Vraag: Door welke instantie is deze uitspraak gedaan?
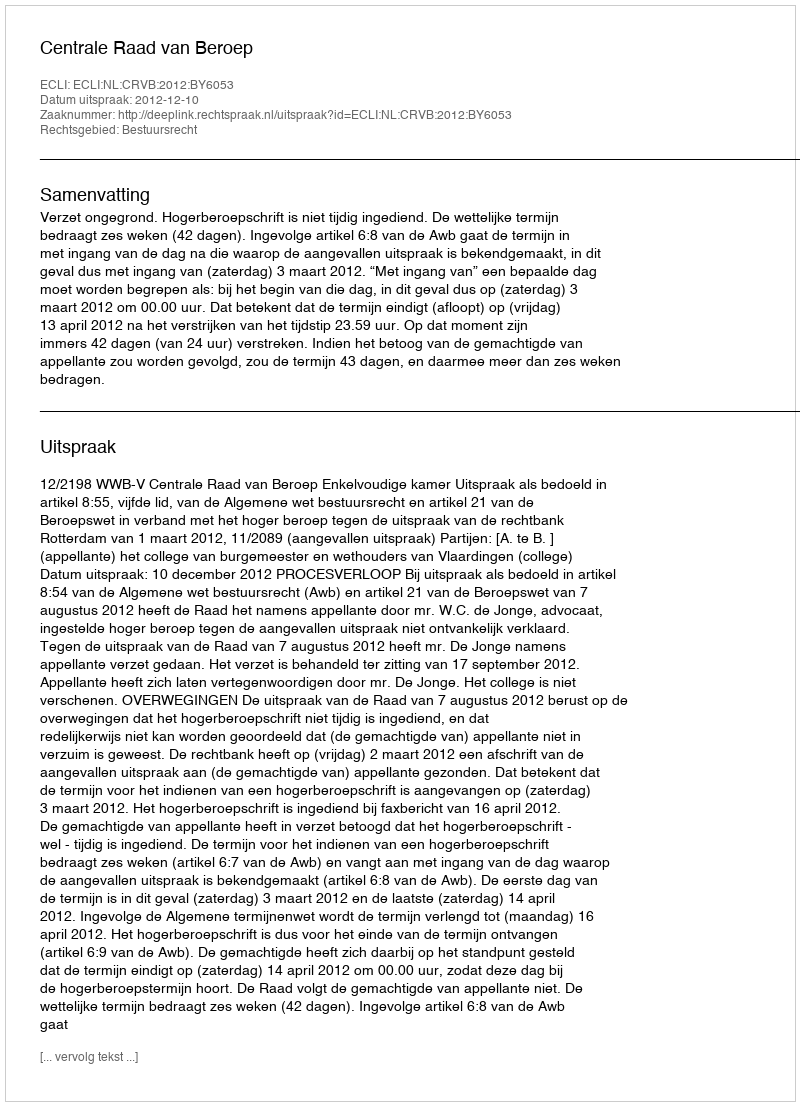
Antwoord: Centrale Raad van Beroep